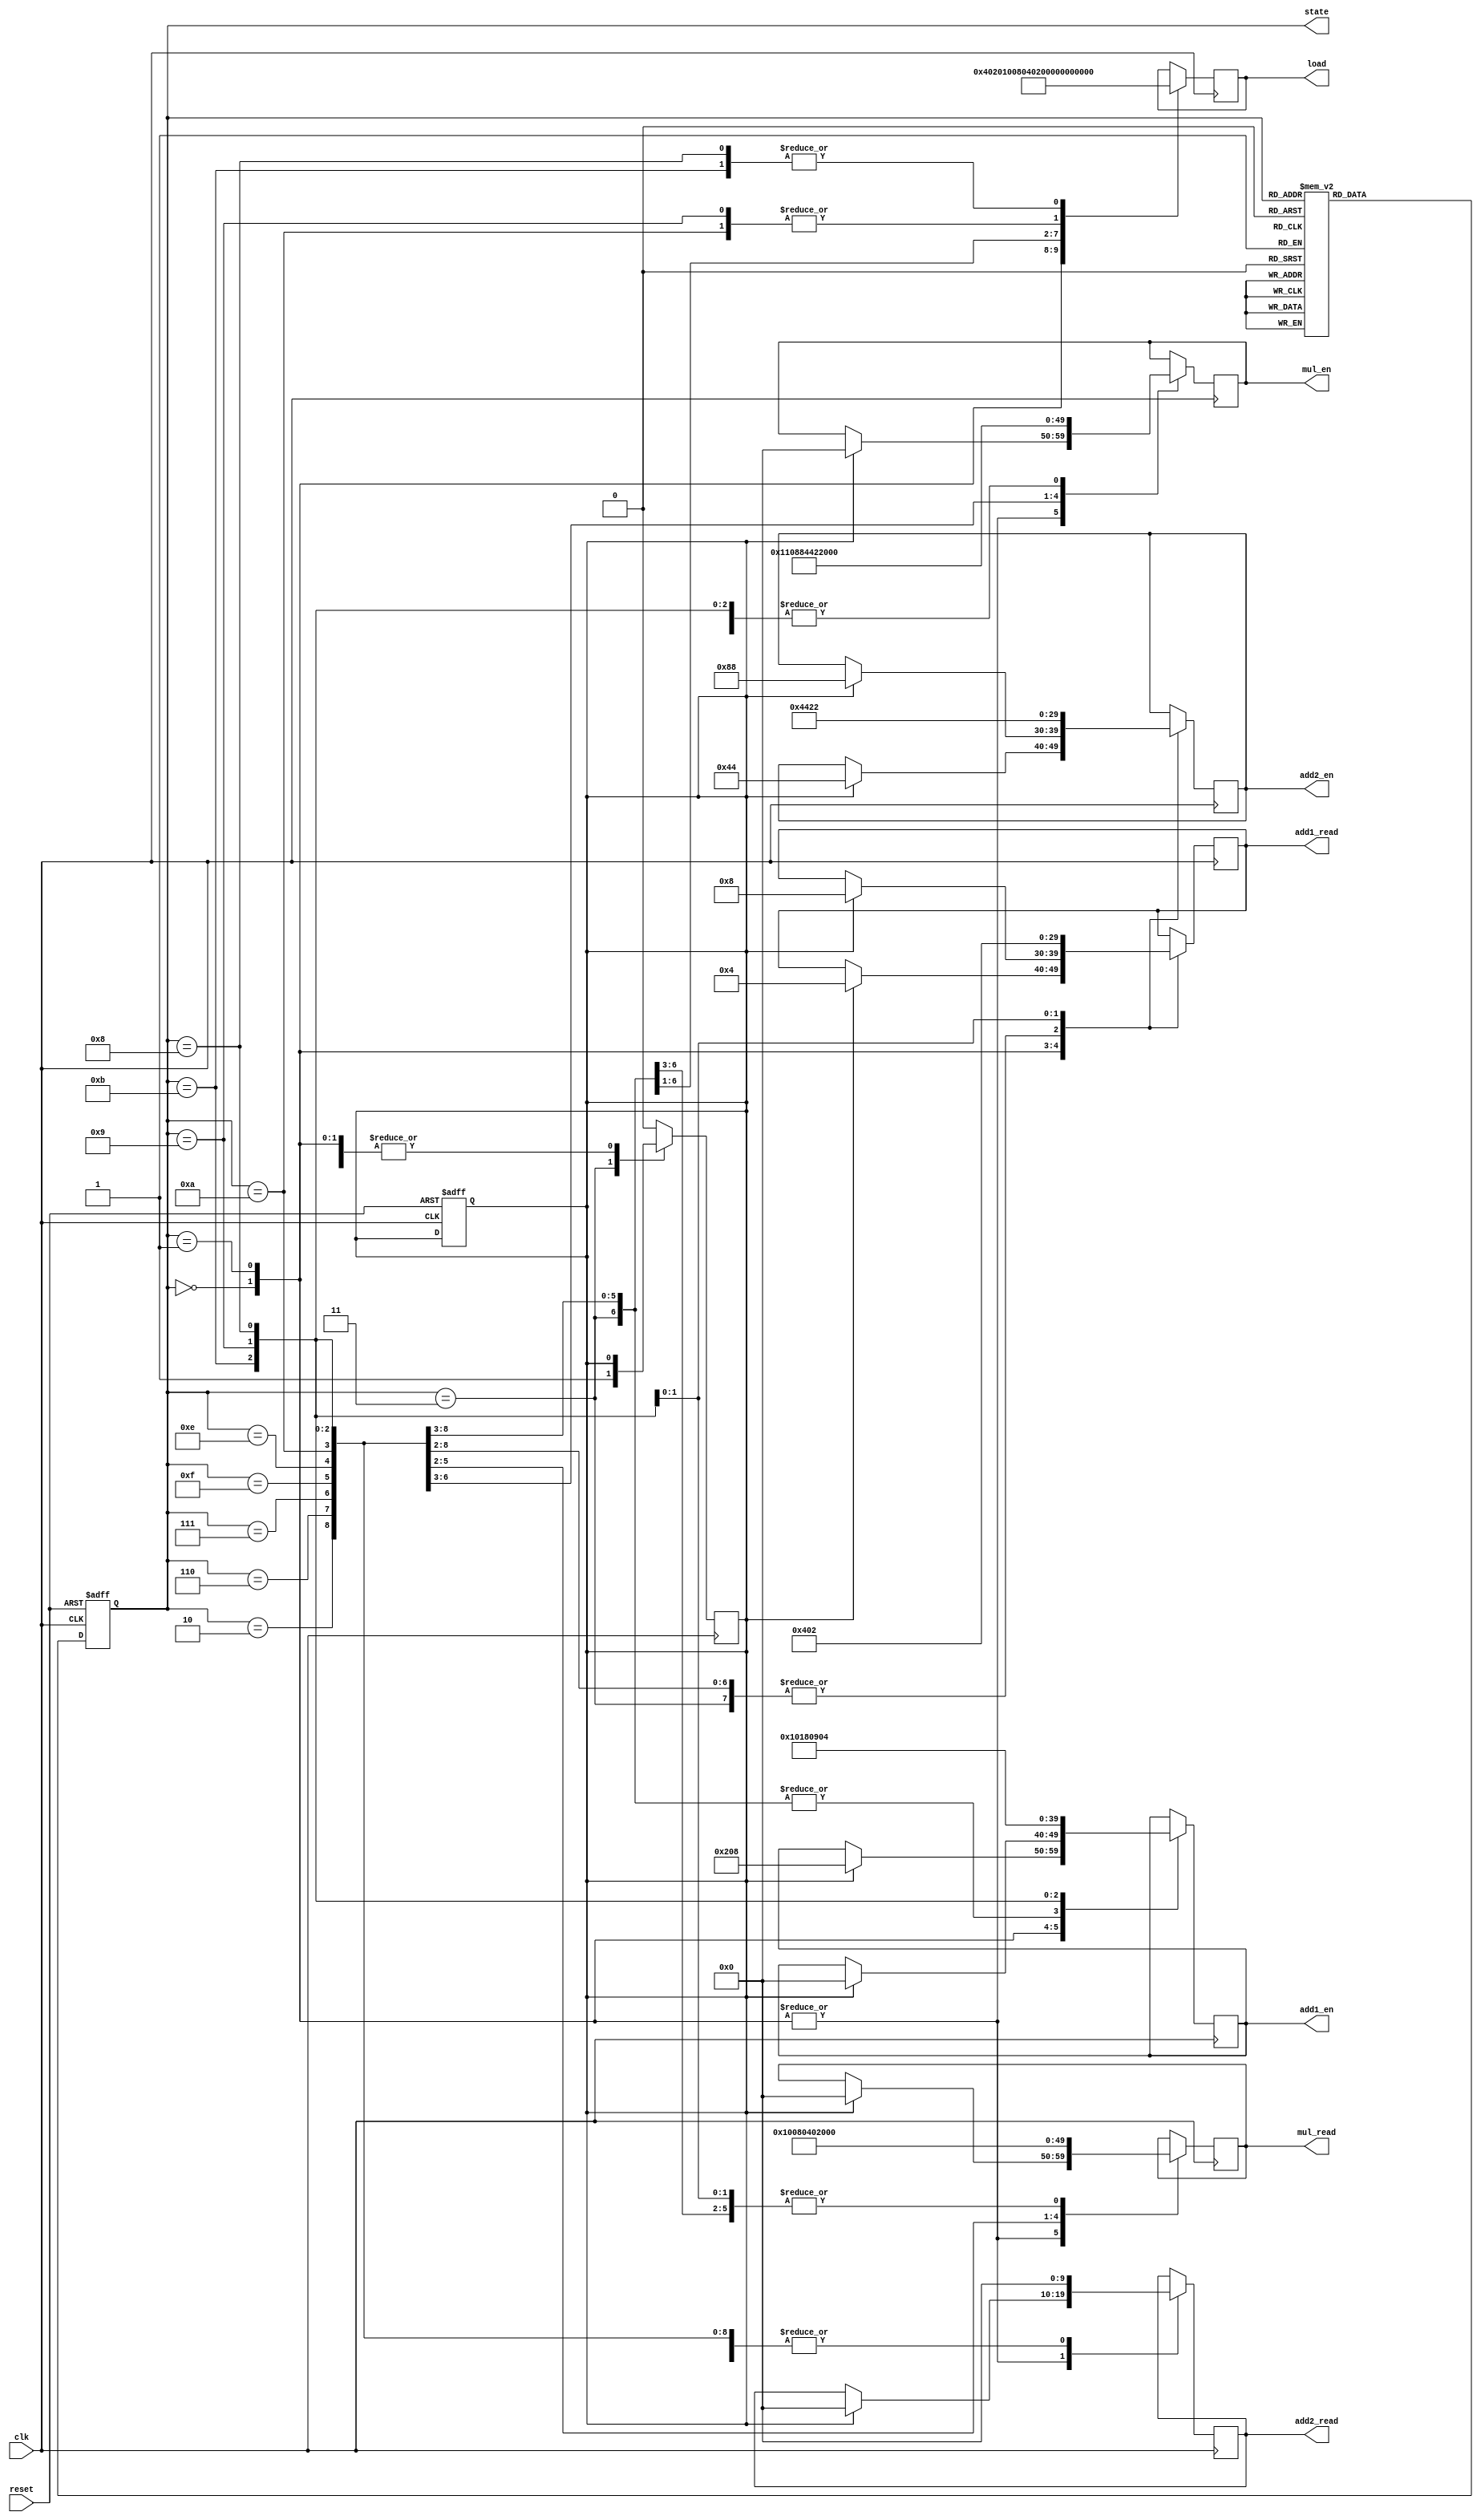
`timescale 1ns / 1ps
//////////////////////////////////////////////////////////////////////////////////
// Company: 
// Engineer: 
// 
// Design Name: 
// Module Name: controller
// Project Name: 
// Target Devices: 
// Tool Versions: 
// Description: 
// 
// Dependencies: 
// 
// Revision:
// Revision 0.01 - File Created
// Additional Comments:
// 
//////////////////////////////////////////////////////////////////////////////////


module controller(
    input wire clk,
    input wire reset,
    output reg [3:0] state,
    output reg [9:0] load, mul_en, add1_en, add2_en, mul_read, add1_read, add2_read // 10 registers
    );

    parameter [3:0] s1 = 4'b0000,
                    s2 = 4'b0001,
                    s3 = 4'b0011,
                    s4 = 4'b0010,
                    s5 = 4'b0110,
                    s6 = 4'b0111,
                    s7 = 4'b1111,
                    s8 = 4'b1110,
                    s9 = 4'b1010,
                    s10 = 4'b1011,
                    s11 = 4'b1001,
                    s12 = 4'b1000;
              
    reg not_first_flag; // for first cycles, set to flase at the beginning, set to true at state 4
    
    // next state block
    always@(posedge clk or posedge reset)
    begin
        if(reset)
            begin
                state = s1;
                not_first_flag = 1'b0;
            end
        else
        begin
            case(state)
                s1: state = s2;
                s2: state = s3;
                s3: state = s4;
                s4: state = s5;
                s5: state = s6;
                s6: state = s7;
                s7: state = s8;
                s8: state = s9;
                s9: state = s10;
                s10: state = s11;
                s11: state = s12;
                s12: state = s1;
                default: state = s1;
            endcase
        end       
    end
    
    // assigning output block
    always@(posedge clk)
    begin
        case(state)
            s1: 
                begin
                    load = 10'b0000000001;
                    if(not_first_flag)
                    begin
                        mul_en = 0; 
                        add1_en = 10'b1000001000; 
                        add2_en = 10'b0001000100; 
                        mul_read = 0; 
                        add1_read = 10'b0000000100;
                        add2_read = 0;
                    end
                end
            s2: 
                begin
                    load = 10'b0000000010;
                    if(not_first_flag)
                    begin
                        mul_en = 0; 
                        add1_en = 0; 
                        add2_en = 10'b0010001000; 
                        mul_read = 0; 
                        add1_read = 10'b0000001000;
                        add2_read = 0;
                    end
                end
            s3:
                begin
                    load = 10'b0000000100; 
                    mul_en = 0; 
                    add1_en = 0; 
                    add2_en = 0; 
                    mul_read = 0; 
                    add1_read = 0;
                    add2_read = 0;
                    not_first_flag = 1'b1;
                end
            s4:
                begin
                    load = 10'b0000001000;
                    mul_en = 0;
                    add1_en = 0; 
                    add2_en = 0; 
                    mul_read = 0;
                    add1_read = 0;
                    add2_read = 0;
                end
            s5:
                begin
                    load = 10'b0000010000;
                    mul_en = 0;
                    add1_en = 0; 
                    add2_en = 0; 
                    mul_read = 0;
                    add1_read = 0;
                    add2_read = 0;
                end
            s6:
                begin
                    load = 10'b0000100000;
                    mul_en = 10'b0000010001; // reg 1 and 5
                    add1_en = 0; 
                    add2_en = 0; 
                    mul_read = 0;
                    add1_read = 0;
                    add2_read = 0;
                end
            s7:
                begin
                    load = 10'b0001000000;
                    mul_en = 10'b0000100010; // reg 2 and 6
                    add1_en = 0; 
                    add2_en = 0; 
                    mul_read = 10'b0000000001; // to reg 1
                    add1_read = 0;
                    add2_read = 0;
                end
            s8:
                begin
                    load = 10'b0010000000; //load b4 to reg 8
                    mul_en = 10'b0001000100; // reg 3 and 7
                    add1_en = 0; 
                    add2_en = 0; 
                    mul_read = 10'b0000000010; // to reg 2
                    add1_read = 0;
                    add2_read = 0;
                end
            s9:
                begin
                    load = 10'b0100000000; //load d1 to reg 9
                    mul_en = 10'b0010001000; // reg 4 and 8
                    add1_en = 0; 
                    add2_en = 0; 
                    mul_read = 10'b0000000100; // to reg 3
                    add1_read = 0;
                    add2_read = 0;
                end
            s10:
                begin
                    load = 10'b1000000000; //load d2 to reg 10
                    mul_en = 0; 
                    add1_en = 10'b0100000001; 
                    add2_en = 0; 
                    mul_read = 10'b0000001000; // to reg 4
                    add1_read = 0;
                    add2_read = 0;
                end
            s11:
                begin
                    load = 10'b0100000000; //load d3 to reg9
                    mul_en = 0; 
                    add1_en = 10'b1000000010; 
                    add2_en = 10'b0000010001; 
                    mul_read = 0; 
                    add1_read = 10'b0000000001;
                    add2_read = 0;
                end
            s12:
                begin
                    load = 10'b1000000000; //load d4 to reg10
                    mul_en = 0; 
                    add1_en = 10'b0100000100; 
                    add2_en = 10'b0000100010; 
                    mul_read = 0; 
                    add1_read = 10'b0000000010;
                    add2_read = 0;
                end
            default: 
                not_first_flag = 1'b0;
                    
        endcase
    end
    
endmodule